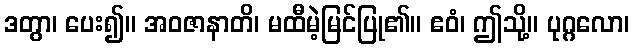
ဒတွာ၊ ပေး၍။ အဝဇာနာတိ၊ မထီမဲ့မြင်ပြု၏။ ဧဝံ၊ ဤသို့။ ပုဂ္ဂလော၊